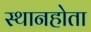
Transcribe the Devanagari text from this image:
स्थानहोता